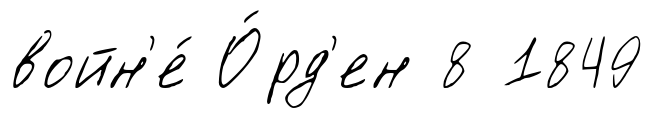
войн'е́ О́рд'ен 8 1849